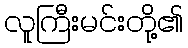
လူကြီးမင်းတို့၏